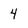
Character: 4